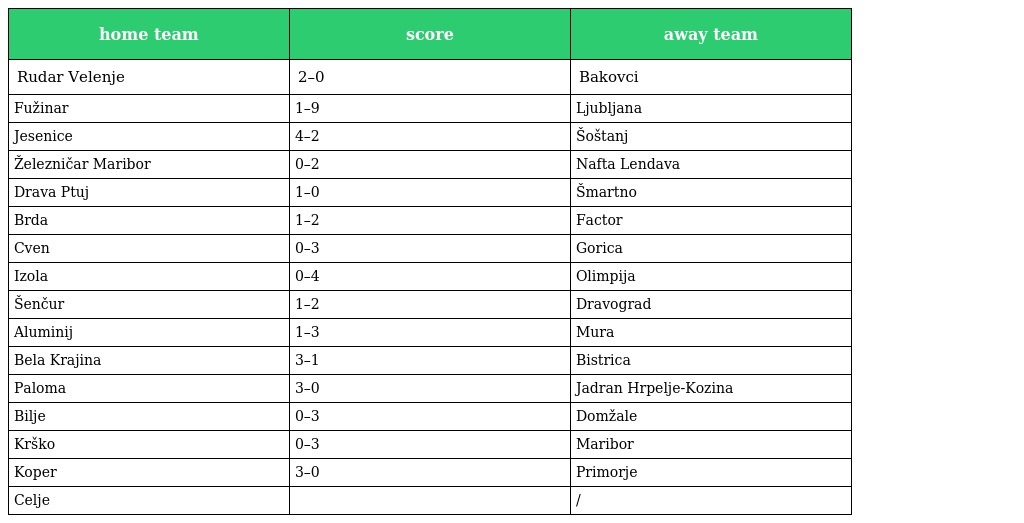
| home team | score | away team |
 | --- | --- | --- |
 | Rudar Velenje | 2–0 | Bakovci |
 | Fužinar | 1–9 | Ljubljana |
 | Jesenice | 4–2 | Šoštanj |
 | Železničar Maribor | 0–2 | Nafta Lendava |
 | Drava Ptuj | 1–0 | Šmartno |
 | Brda | 1–2 | Factor |
 | Cven | 0–3 | Gorica |
 | Izola | 0–4 | Olimpija |
 | Šenčur | 1–2 | Dravograd |
 | Aluminij | 1–3 | Mura |
 | Bela Krajina | 3–1 | Bistrica |
 | Paloma | 3–0 | Jadran Hrpelje-Kozina |
 | Bilje | 0–3 | Domžale |
 | Krško | 0–3 | Maribor |
 | Koper | 3–0 | Primorje |
 | Celje |  | / |